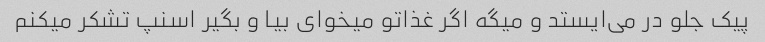
پیک جلو در می‌ایستد و میگه اگر غذاتو میخوای بیا و بگیر اسنپ تشکر میکنم